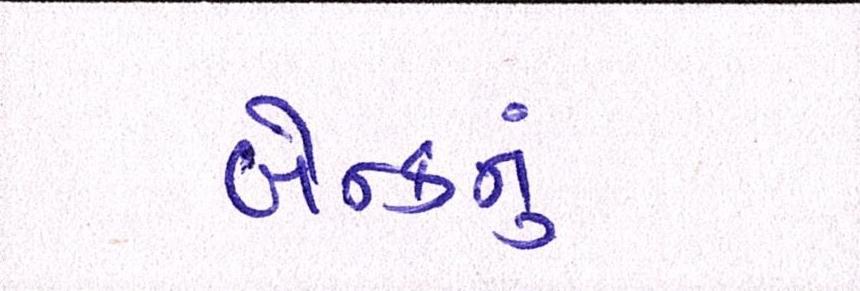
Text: બેન્કનું